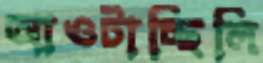
আওটাচ্ছিলি